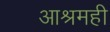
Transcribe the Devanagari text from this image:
आश्रमही